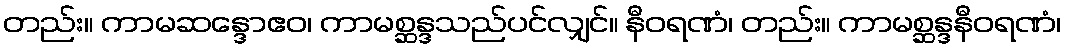
တည်း။ ကာမဆန္ဒောဧဝ၊ ကာမစ္ဆန္ဒသည်ပင်လျှင်။ နီဝရဏံ၊ တည်း။ ကာမစ္ဆန္ဒနီဝရဏံ၊